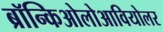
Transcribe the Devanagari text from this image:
ब्रॉन्किओलोआवियोलर